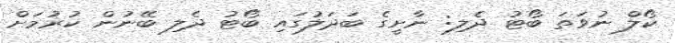
ކޯލް ނުވަތަ ބޯޓު ދެލި: ނާށީގެ ބަދަލުގައި ބޯޓު ދެލި ބޭނުން ކުރުމަށް